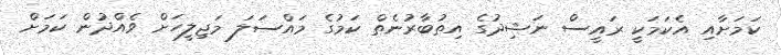
ކަމަށާއި އެކަމަކީ ރައީސް ނަޝިދުގެ އިތުބާރުނެތް ކަމުގެ މައްސަލަ މަޖިލީހަށް ވެއްދުން ކަމަށް